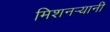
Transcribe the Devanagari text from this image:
मिशनर्‍यानी